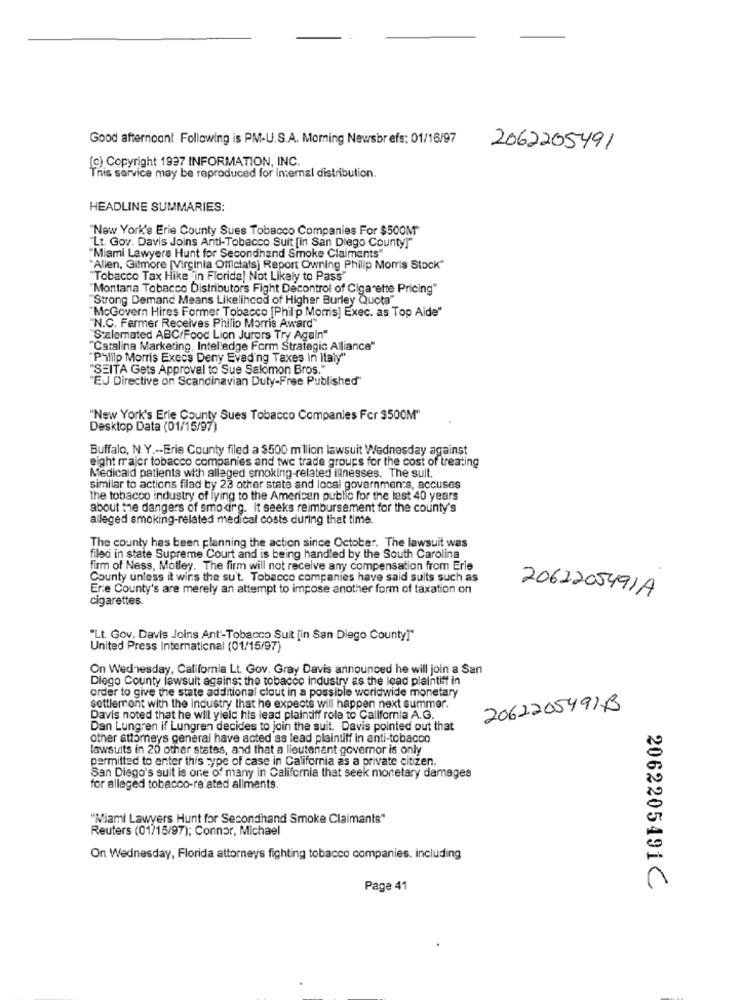
Good afternoont Following is PM-U.S.A. Morning Newsbr efs: 01/16/97
2062205491
(c) Copyright 1997 INFORMATION, INC.
This service may be reproduced for internal distribution.
HEADLINE SUMMARIES:
"New York's Erie County Sues Tobacco Companies For $500M"
"Lt. Gov. Davis Joins Anti-Tobacco Suit [In San Diego County""
"Miami Lawyers Hunt for Secondhand Smoke Claimants"
"Allen, Gilmore [Virginia Officials] Report Owning Philip Morris Stock"
"Tobacco Tax Hike in Florida] Not Likely to Pass"
"Montana Tobacco Distributors Fight Decontrol of Cigarette Pricing"
"Strong Demand Means Likelihood of Higher Burley Quota"
"McGovern Hires Former Tobacco [Philip Morris] Exec. as Top Aide"
"N.C. Farmer Receives Philip Morris Award"
"Stalemated ABC/Food Lion Jurors Try Again"
"Catalina Marketing, Intel'edge Form Strategic Alliance"
"Philip Morris Execs Deny Evading Taxes In Italy"
"SEITA Gets Approval to Sue Salomon Bros."
"EJ Directive on Scandinavian Duty-Free Published"
"New York's Erie County Sues Tobacco Companies For $500M"
Desktop Data (01/15/97)
Buffalo, N.Y ,-- Erie County filed a $500 million lawsuit Wednesday against
eight major tobacco companies and twe trade groups for the cost of treating
Medicaid patients with alleged smoking-related illnesses. The suit.
similar to actions filed by 23 other state and local governments, accuses
the tobacco industry of lying to the American public for the last 40 years
about the dangers of smoking. It seeks reimbursement for the county's
alleged smoking-related medical costs during that time.
The county has been planning the action since October. The lawsuit was
filed in state Supreme Court and is being handled by the South Carolina
firm of Ness, Motley. The firm will not receive any compensation from Erle
County unless it wins the su't. Tobacco companies have said suits such as
Erie County's are merely an attempt to impose another form of taxation on
cigarettes.
2062205491A
"Lt. Gov. Davis Joins Ant'-Tobacco Suit [in San Diego County]"
United Press International (01/15/97)
On Wednesday, California Lt. Gov. Gray Davis announced he will join a San
Diego County lawsuit against the tobacco industry as the lead plaintiff in
order to give the state additional clout in a possible worldwide monetary
settlement with the industry that he expects will happen next summer.
2062205491B
Davis noted that he will yield his lead plaintiff role to California A.G.
Dan Lungren if Lungren decides to join the suit. Davis pointed out that
other attorneys general have acted as lead plaintiff in anti-tobacco
lawsuits in 20 other states, and that a lieutenant governor is only
permitted to enter this type of case in California as a private citizen.
San Diego's suit is one of many in California that seek monetary damages
for alleged tobacco-re ated aliments.
"Miami Lawyers Hunt for Secondhand Smoke Claimants"
Reuters (01/15/97); Connor, Michael
On Wednesday, Florida attorneys fighting tobacco companies, including
Page 41
2062205491C